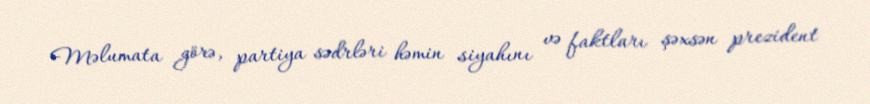
Məlumata görə, partiya sədrləri həmin siyahını və faktları şəxsən prezident